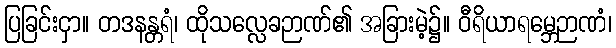
ပြခြင်းငှာ။ တဒနန္တရံ၊ ထိုသလ္လေခဉာဏ်၏ အခြားမဲ့၌။ ဝီရိယာရမ္ဘေဉာဏံ၊